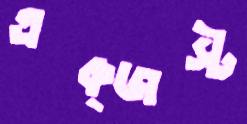
এক্জস্ট